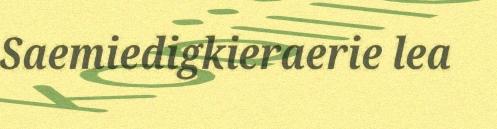
Saemiedigkieraerie lea